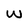
Character: W